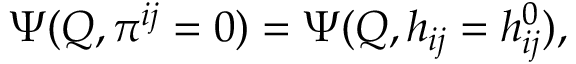
\Psi ( Q , \pi ^ { i j } = 0 ) = \Psi ( Q , h _ { i j } = h _ { i j } ^ { 0 } ) ,